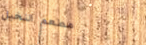
مطعم النخيل